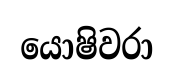
යොෂිවරා